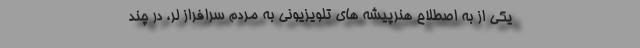
یکی از به اصطلاح هنرپیشه های تلویزیونی به مردم سرافراز لُر، در چند